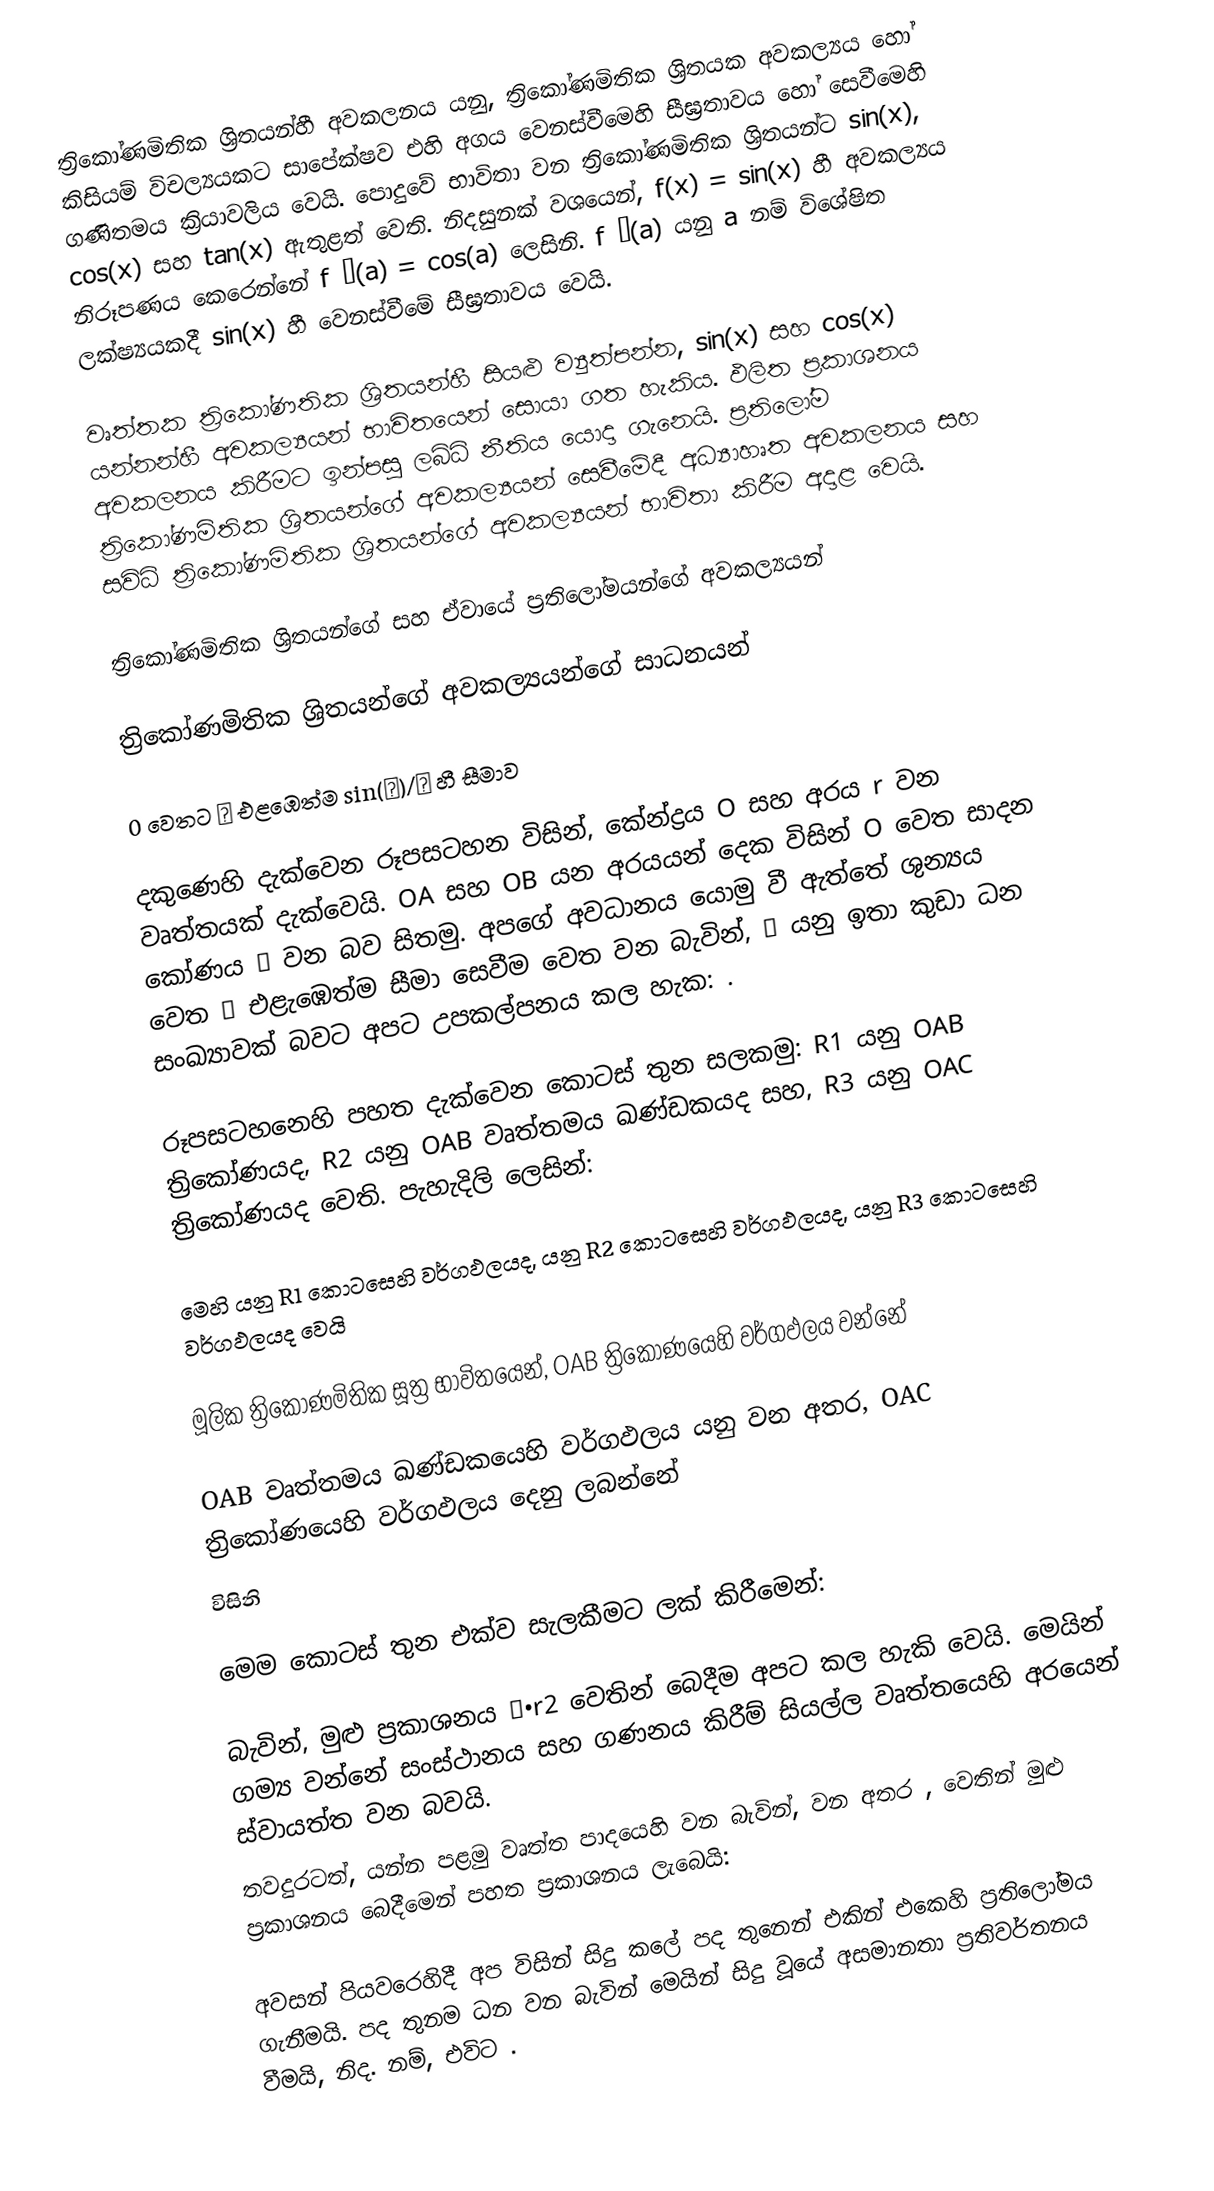
ත්‍රිකෝණමිතික ශ්‍රිතයන්හී අවකලනය යනු,    ත්‍රිකෝණමිතික ශ්‍රිතයක අවකල්‍යය හෝ කිසියම් විචල්‍යයකට සාපේක්ෂව එහි අගය වෙනස්වීමෙහි සීඝ්‍රතාවය හෝ සෙවීමෙහි ගණිතමය ක්‍රියාවලිය වෙයි. පොදුවේ භාවිතා වන ත්‍රිකෝණමිතික ශ්‍රිතයන්ට  sin(x), cos(x) සහ tan(x) ඇතුළත් වෙති. නිදසුනක් වශයෙන්, f(x) = sin(x) හී අවකල්‍යය නිරූපණය කෙරෙන්නේ  f ′(a) = cos(a) ලෙසිනි. f ′(a) යනු a නම් විශේෂිත ලක්ෂ්‍යයකදී sin(x) හී වෙනස්වීමේ සීඝ්‍රතාවය වෙයි.

වෘත්තක ත්‍රිකෝණතික ශ්‍රිතයන්හී සියළු ව්‍යුත්පන්න,  sin(x) සහ cos(x) යන්නන්හී අවකල්‍යයන් භාවිතයෙන් සොයා ගත හැකිය. ඵලිත ප්‍රකාශනය අවකලනය කිරීමට ඉන්පසු ලබ්ධි නීතිය යොදා ගැනෙයි.   ප්‍රතිලෝම ත්‍රිකෝණමිතික ශ්‍රිතයන්ගේ අවකල්‍යයන් සෙවීමේදී අධ්‍යාහෘත අවකලනය සහ සවිධි ත්‍රිකෝණමිතික ශ්‍රිතයන්ගේ අවකල්‍යයන් භාවිතා කිරීම අදාළ වෙයි.

ත්‍රිකෝණමිතික ශ්‍රිතයන්ගේ සහ ඒවායේ ප්‍රතිලෝමයන්ගේ අවකල්‍යයන්

ත්‍රිකෝණමිතික ශ්‍රිතයන්ගේ අවකල්‍යයන්ගේ සාධනයන්

0 වෙතට θ එළඹෙත්ම sin(θ)/θ හී සීමාව

දකුණෙහි දැක්වෙන රූපසටහන විසින්, කේන්ද්‍රය O සහ අරය r වන වෘත්තයක් දැක්වෙයි. OA සහ OB යන අරයයන් දෙක විසින් O වෙත සාදන කෝණය θ වන බව සිතමු. අපගේ අවධානය යොමු වී ඇත්තේ ශුන්‍යය වෙත θ එළැඹෙත්ම  සීමා සෙවීම වෙත වන බැවින්, θ යනු ඉතා කුඩා ධන සංඛ්‍යාවක් බවට අපට උපකල්පනය කල හැක: .

රූපසටහනෙහි පහත දැක්වෙන කොටස් තුන සලකමු: R1 යනු OAB ත්‍රිකෝණයද, R2 යනු OAB  වෘත්තමය ඛණ්ඩකයද සහ, R3 යනු  OAC ත්‍රිකෝණයද වෙති. පැහැදිලි ලෙසින්:

මෙහි  යනු R1 කොටසෙහි වර්ගඵලයද,  යනු R2 කොටසෙහි වර්ගඵලයද,  යනු R3 කොටසෙහි වර්ගඵලයද වෙයි

මූලික ත්‍රිකෝණමිතික සූත්‍ර භාවිතයෙන්, OAB ත්‍රිකෝණයෙහි වර්ගඵලය වන්නේ

OAB වෘත්තමය ඛණ්ඩකයෙහි වර්ගඵලය යනු   වන අතර, OAC ත්‍රිකෝණයෙහි වර්ගඵලය දෙනු ලබන්නේ
 විසිනි

මෙම කොටස් තුන එක්ව සැලකීමට ලක් කිරීමෙන්:

 බැවින්, මුළු ප්‍රකාශනය ½•r2 වෙතින් බෙදීම අපට කල හැකි වෙයි. මෙයින් ගම්‍ය වන්නේ සංස්ථානය සහ ගණනය කිරීම් සියල්ල වෘත්තයෙහි අරයෙන් ස්වායත්ත වන බවයි.
තවදුරටත්,  යන්න පළමු වෘත්ත පාදයෙහි වන බැවින්,  වන අතර , වෙතින් මුළු ප්‍රකාශනය බෙදීමෙන් පහත ප්‍රකාශනය ලැබෙයි:

අවසන් පියවරෙහිදී අප විසින් සිදු කලේ පද තුනෙන් එකින් එකෙහි ප්‍රතිලෝමය ගැනීමයි. පද තුනම ධන වන බැවින් මෙයින් සිදු වූයේ අසමානතා ප්‍රතිවර්තනය වීමයි, නිද.  නම්, එවිට .